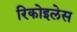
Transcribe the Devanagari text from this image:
रिकोइलेस